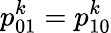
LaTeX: p_{01}^{k}=p_{10}^{k}